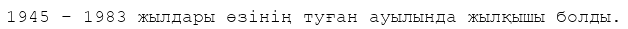
1945 – 1983 жылдары өзінің туған ауылында жылқышы болды.